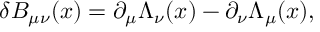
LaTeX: \delta B _ { \mu \nu } ( x ) = \partial _ { \mu } \Lambda _ { \nu } ( x ) - \partial _ { \nu } \Lambda _ { \mu } ( x ) ,